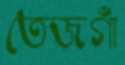
তেজগাঁ